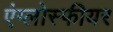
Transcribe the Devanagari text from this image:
एंग्लोस्फीयर